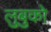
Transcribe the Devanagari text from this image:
लुबुको